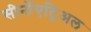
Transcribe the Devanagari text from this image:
सीनोंएट्रिअल